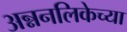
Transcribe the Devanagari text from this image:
अन्ननलिकेच्या